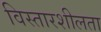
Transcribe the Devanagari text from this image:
विस्तारशीलता